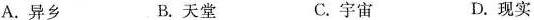
A.异乡 B.天堂 C.宇宙 D.现实